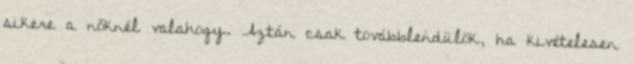
sikere a nőknél valahogy. Aztán csak továbblendülök, ha kivételesen